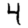
Digit: 4